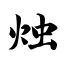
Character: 烛